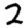
Digit: 2